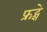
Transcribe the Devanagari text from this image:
फ्रट्शे